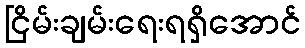
ငြိမ်းချမ်းရေးရရှိအောင်